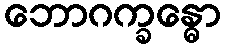
ဘောဂက္ခန္ဓော